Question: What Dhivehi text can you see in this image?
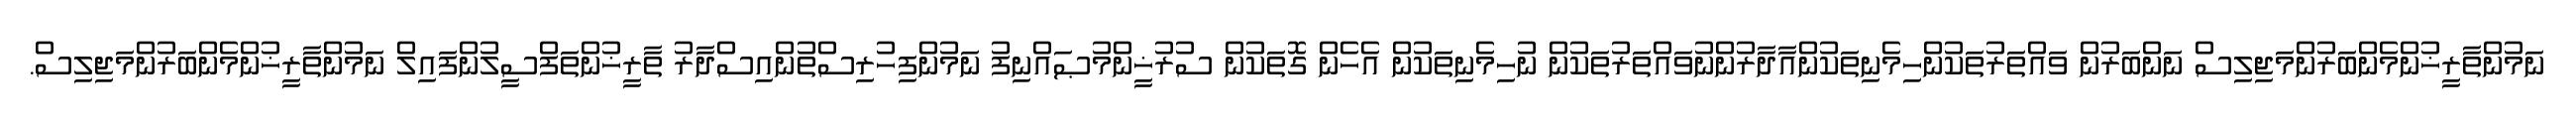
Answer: ނަމުންތާރީޚުންމެންބަރުންމަޖިލިސް ނަންބަރުން ވައްތަރުތަކުންހިމެނިތަކުންއާދާރުންނުވައްތަރުތަކުން ނުހިމެނިތަކުން އެހެން ގޮތަކުން ސުރުޚީންމުޞައްނިފު ނަމުންފިހުރިސްތުންއިސްދާރު ތާރީޚުންތަފްސީލުންފައިލް ނަމުންތާރީޚުންމެންބަރުންމަޖިލިސް.